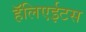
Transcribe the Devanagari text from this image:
हॅलिएईटस